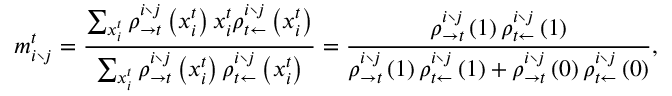
m _ { i \setminus j } ^ { t } = \frac { \sum _ { x _ { i } ^ { t } } \rho _ { \rightarrow t } ^ { i \setminus j } \left( x _ { i } ^ { t } \right) x _ { i } ^ { t } \rho _ { t \leftarrow } ^ { i \setminus j } \left( x _ { i } ^ { t } \right) } { \sum _ { x _ { i } ^ { t } } \rho _ { \rightarrow t } ^ { i \setminus j } \left( x _ { i } ^ { t } \right) \rho _ { t \leftarrow } ^ { i \setminus j } \left( x _ { i } ^ { t } \right) } = \frac { \rho _ { \rightarrow t } ^ { i \setminus j } \left( 1 \right) \rho _ { t \leftarrow } ^ { i \setminus j } \left( 1 \right) } { \rho _ { \rightarrow t } ^ { i \setminus j } \left( 1 \right) \rho _ { t \leftarrow } ^ { i \setminus j } \left( 1 \right) + \rho _ { \rightarrow t } ^ { i \setminus j } \left( 0 \right) \rho _ { t \leftarrow } ^ { i \setminus j } \left( 0 \right) } ,